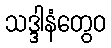
သဒ္ဒါနံတွေဝ